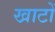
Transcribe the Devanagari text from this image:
खाटों